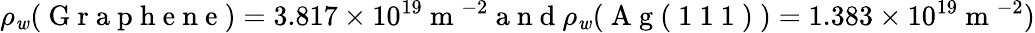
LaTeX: \rho_{\mathit{w}}(\mathrm{{~G~r~a~p~h~e~n~e~}})=3.817\times10^{19}\mathrm{{~m~}}^{-2}\mathrm{{~a~n~d~}}\rho_{\mathit{w}}(\mathrm{{~A~g~(~1~1~1~)~}})=1.383\times10^{19}\mathrm{{~m~}}^{-2})